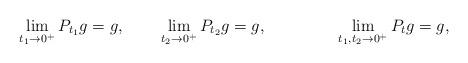
LaTeX: \begin{align*}&\lim_{t_1\rightarrow0^+}P_{t_1}g=g,& &\lim_{t_2\rightarrow0^+}P_{t_2}g=g,& && &\lim_{t_1,t_2\rightarrow0^+}P_tg=g,&\end{align*}